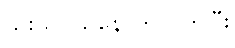
သိုးသငယ်နောက်လိုက်ပြီး